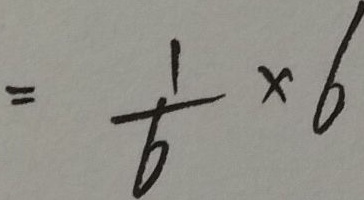
= \frac { 1 } { 6 } \times 6